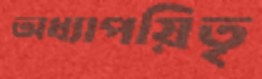
অধ্যাপয়িতৃ